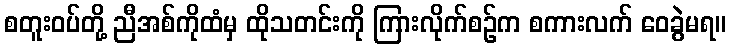
စတူးဝပ်တို့ ညီအစ်ကိုထံမှ ထိုသတင်းကို ကြားလိုက်စဉ်က စကားလက် ဝေခွဲမရ။